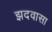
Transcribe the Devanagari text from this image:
झदवासा